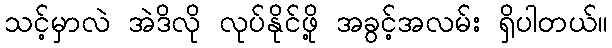
သင့်မှာလဲ အဲဒိလို လုပ်နိုင်ဖို့ အခွင့်အလမ်း ရှိပါတယ်။